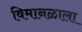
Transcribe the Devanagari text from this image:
विमानळाला